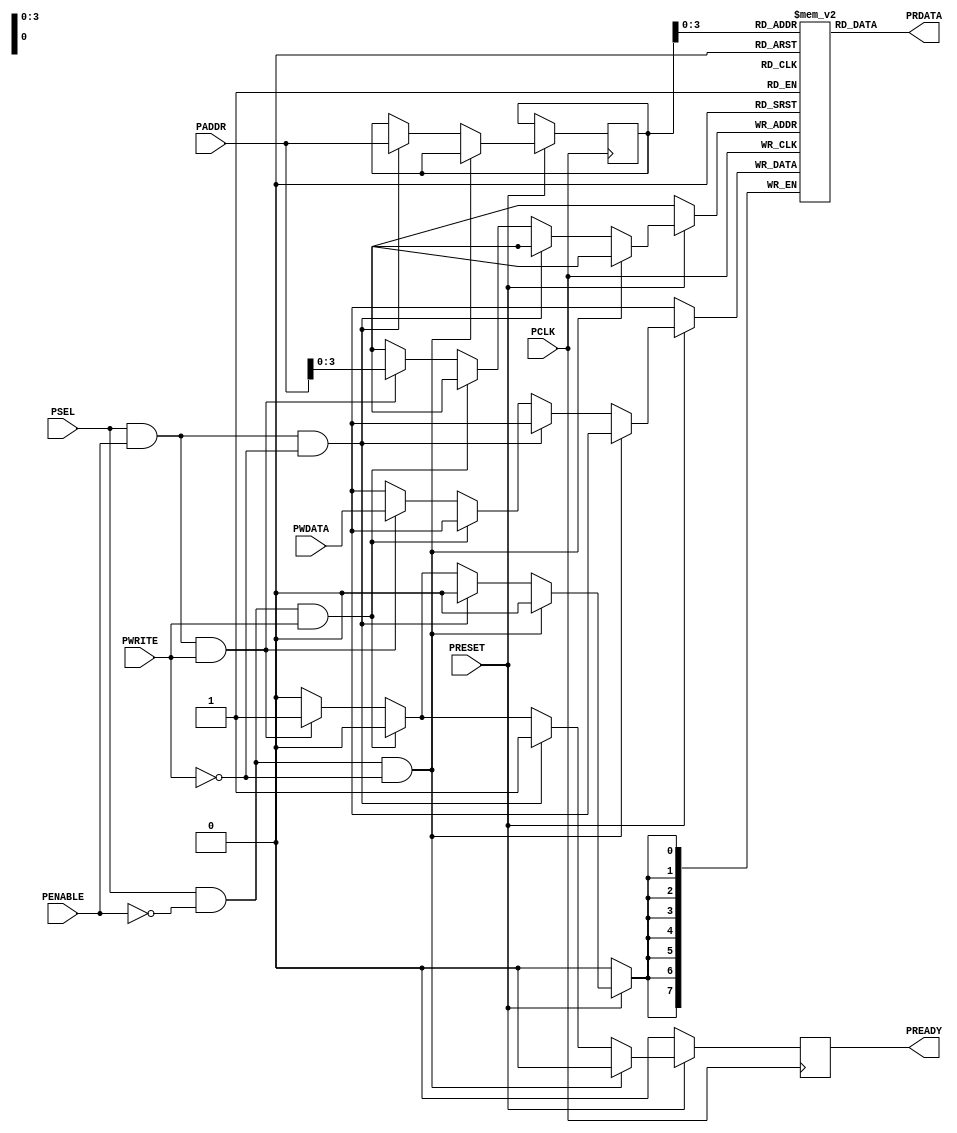
`timescale 1ns / 1ps


module APB_Slave(
    
    PCLK,
    PRESET,
    PSEL,
    PENABLE,
    PWRITE,
    PADDR,
    PWDATA,
    PRDATA,
    PREADY
    
);
    
    //Default signal width
    parameter ADDR_WIDTH = 8;
    parameter DATA_WIDTH = 8;
    parameter SLAVE_MEM_SIZE = 16;
    
    input PCLK , PRESET , PSEL;
    input PENABLE , PWRITE;
    input [ADDR_WIDTH-1 : 0]  PADDR;
    input [DATA_WIDTH-1 : 0]  PWDATA;
    output [DATA_WIDTH-1 : 0] PRDATA;
    output reg PREADY;
    
    reg [ADDR_WIDTH-1 : 0] addr;
    reg [DATA_WIDTH-1 : 0] Slave_Mem [SLAVE_MEM_SIZE-1 : 0];
    
    assign PRDATA = Slave_Mem[addr];
    
    always@(posedge PCLK)
    begin
        
        //active low reset
        if(!PRESET)
        begin
        
            PREADY = 1'b0;
        
        end
        
        //There is a read request but the enable signal is low
        else if(PSEL && !PENABLE && !PWRITE) 
        begin
        
            PREADY = 1'b0;
        
        end
        
        //There is a read request and the enable signal is high
        else if(PSEL && PENABLE && !PWRITE) 
        begin
        
            PREADY = 1'b1;
            addr   = PADDR;
        
        end
        
        //There is a write request but the enable signal is low
        else if(PSEL && !PENABLE && PWRITE) 
        begin
        
            PREADY = 1'b0;
        
        end
        
        //There is a write request and the enable signal is high
        else if(PSEL && PENABLE && PWRITE) 
        begin
        
            PREADY = 1'b1;
            Slave_Mem[PADDR] = PWDATA;
            
        end
        
        else
        begin
            
            PREADY = 1'b0;
            
        end
        
    end
    
endmodule